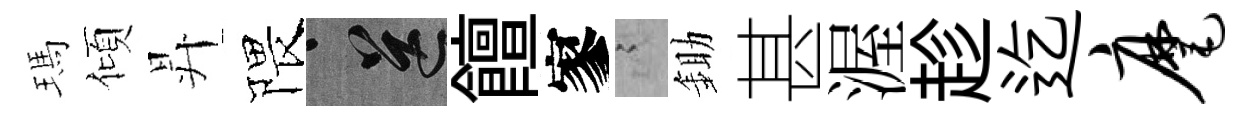
瑪傾昇隈送饘寥謭鋤甚渥趁迄麾